Annual report on the working of the lock hospitals in the Central Provinces
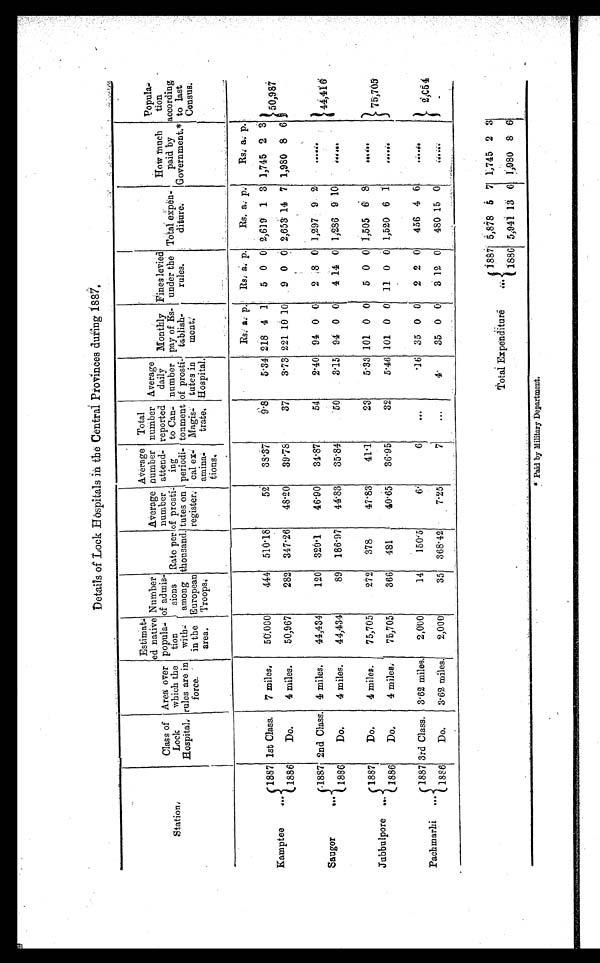
Details of Lock Hospitals in the Central Provinces during 1887.
Station,
Class of
Lock
Hospital,
Area over
which the
rules are in
force. .
Estimat-
ed native
popula.,
tion
with-
in the
area.
Number
of admis.,
sions
among
European
Troops,
Rate per
thousand.
Average
number
of prosti
tutes on
register:
Average
number
attend-
ing.
periodi-
cal ex,
amina-
tious.
Total
number
reported
to Can-
tonment
Magis-;
trate.
Average
daily
number
of prosti-
tutes in
Hospital.
Monthly
pay of Es-
tablish-
ment l
.
Fines levied
under the
rules.
,.
Total expen-
diture:
How much
paid by
Government.*
Populaa
tion
according
to last
Census:
Rs: a: p..'
,
Rs:
.
a. p..
Rs. a: p:
Rs: a. p.:
-
.
.
1887
Kamptee
6.
1st Class,
7 Miles,
50'.000
444 510'18
52
38'37
6'8
5'34 218 4 1
5 0 0 2,619 1 3 1,745 2 3
50,987
1886
Do.
4 miles.
50,967
282 347'26
4820
89'78
37
313 221 10 10
9 0 0 2,653 14 7 1,980 8 6
.1887 2nd Class. 4 miles.
44,434
120 829'1
46.90
31. 87
54
2.10 94 0 0
2 ;8 0 1,297 9. 2
.... i .
Saugor
...
44,41 d
I
1886
Do.
4 miles.
44,434
89 186'97
44'83
35 . 84
'50
3.15 94 0 0
4 14 0 4286 9 10
......
.
Do.
4 miles.
75,705
272
378
47.83
41.1
23
5.33 101 0 0
5 0 0 1,505 6 8
....i..
{1887
Jubbulpore ...
75,705
I
1886
Do.
4 miles,
75,705.
366
481
40'65
36 . 95
32
5.46 101. 0 0 11 0 0 1,520 6 7
.. .....
Pachmarhi ...
/ 1887
1886
3rd Class. 3 . 62 miles,
2,000
1
150`5
6.'
Ile
'16 35 0 0
2 2 0 456 4 6
.:..i.
Do.
3'62 miles.
2,000
35 368. 12
7-25
4.
35 0 0
3 12 0
480 15 0
ii.:‘,
2,C54
-
.
--
- -
t
_
_... :.._—.._
._
Total Expenditure
....
int
5,878
t
7
1,745 2 3
1886 5,941 18 6 1,-980 8 6
*- Paid by Military Department.